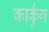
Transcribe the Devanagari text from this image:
कार्कुंग